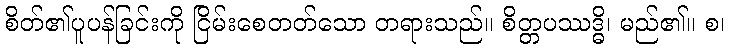
စိတ်၏ပူပန်ခြင်းကို ငြိမ်းစေတတ်သော တရားသည်။ စိတ္တပဿဒ္ဓိ၊ မည်၏။ စ၊